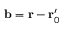
\mathbf { b } = \mathbf { r } - \mathbf { r } _ { 0 } ^ { \prime }